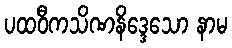
ပထဝီကသိဏနိဒ္ဒေသော နာမ